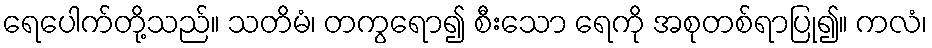
ရေပေါက်တို့သည်။ သတိမံ၊ တကွရော၍ စီးသော ရေကို အစုတစ်ရာပြု၍။ ကလံ၊